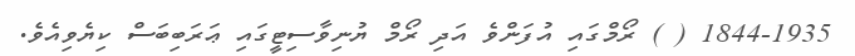
1844-1935 ( ) ރޯމްގައި އުފަންވެ އަދި ރޯމް ޔުނިވާސިޓީގައި ޢަރަބިބަސް ކިޔެވިއެވެ.